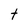
Character: t